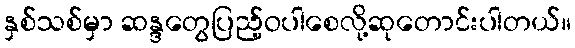
နှစ်သစ်မှာ ဆန္ဒတွေပြည့်ဝပါစေလို့ဆုတောင်းပါတယ်။